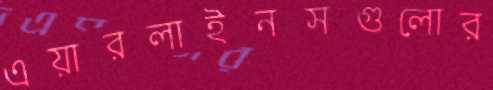
এয়ারলাইনসগুলোর